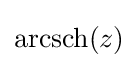
\operatorname {arcsch} (z)